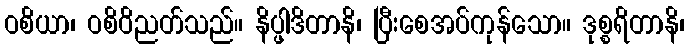
ဝစိယာ၊ ဝစိဝိညတ်သည်။ နိပ္ဖါဒိတာနိ၊ ပြီးစေအပ်ကုန်သော။ ဒုစ္စရိတာနိ၊